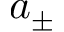
a _ { \pm }